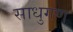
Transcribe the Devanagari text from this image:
साधुगण